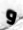
و